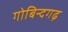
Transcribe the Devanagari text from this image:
गोबिन्दगढ़